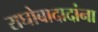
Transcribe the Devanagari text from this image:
राघोबादादांना